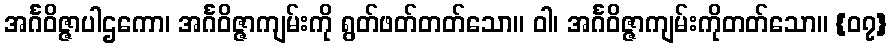
အင်္ဂဝိဇ္ဇာပါဌကော၊ အင်္ဂဝိဇ္ဇာကျမ်းကို ရွတ်ဖတ်တတ်သော။ ဝါ၊ အင်္ဂဝိဇ္ဇာကျမ်းကိုတတ်သော။ {၀၇}